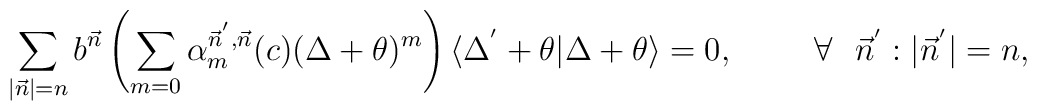
\sum_{|\vec{n}|=n}b^{\vec{n}}\left(\sum_{m=0}\alpha_{m}^{\vec{n}^{'},\vec{n}}(c)(\Delta+\theta)^{m}\right)\langle\Delta^{'}+\theta|\Delta+\theta\rangle=0,\hspace{1cm}\forall\:\:\:\vec{n}^{'}:|\vec{n}^{'}|=n,